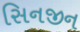
સિનજીન